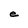
Character: e